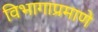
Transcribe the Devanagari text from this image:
विभागाप्रमाणे